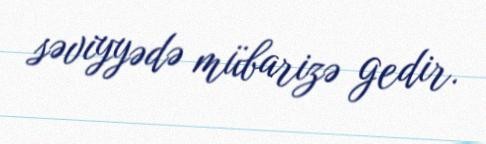
səviyyədə mübarizə gedir.